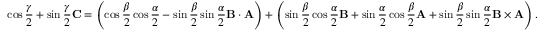
\cos { \frac { \gamma } { 2 } } + \sin { \frac { \gamma } { 2 } } \mathbf { C } = \left( \cos { \frac { \beta } { 2 } } \cos { \frac { \alpha } { 2 } } - \sin { \frac { \beta } { 2 } } \sin { \frac { \alpha } { 2 } } \mathbf { B } \cdot \mathbf { A } \right) + \left( \sin { \frac { \beta } { 2 } } \cos { \frac { \alpha } { 2 } } \mathbf { B } + \sin { \frac { \alpha } { 2 } } \cos { \frac { \beta } { 2 } } \mathbf { A } + \sin { \frac { \beta } { 2 } } \sin { \frac { \alpha } { 2 } } \mathbf { B } \times \mathbf { A } \right) .